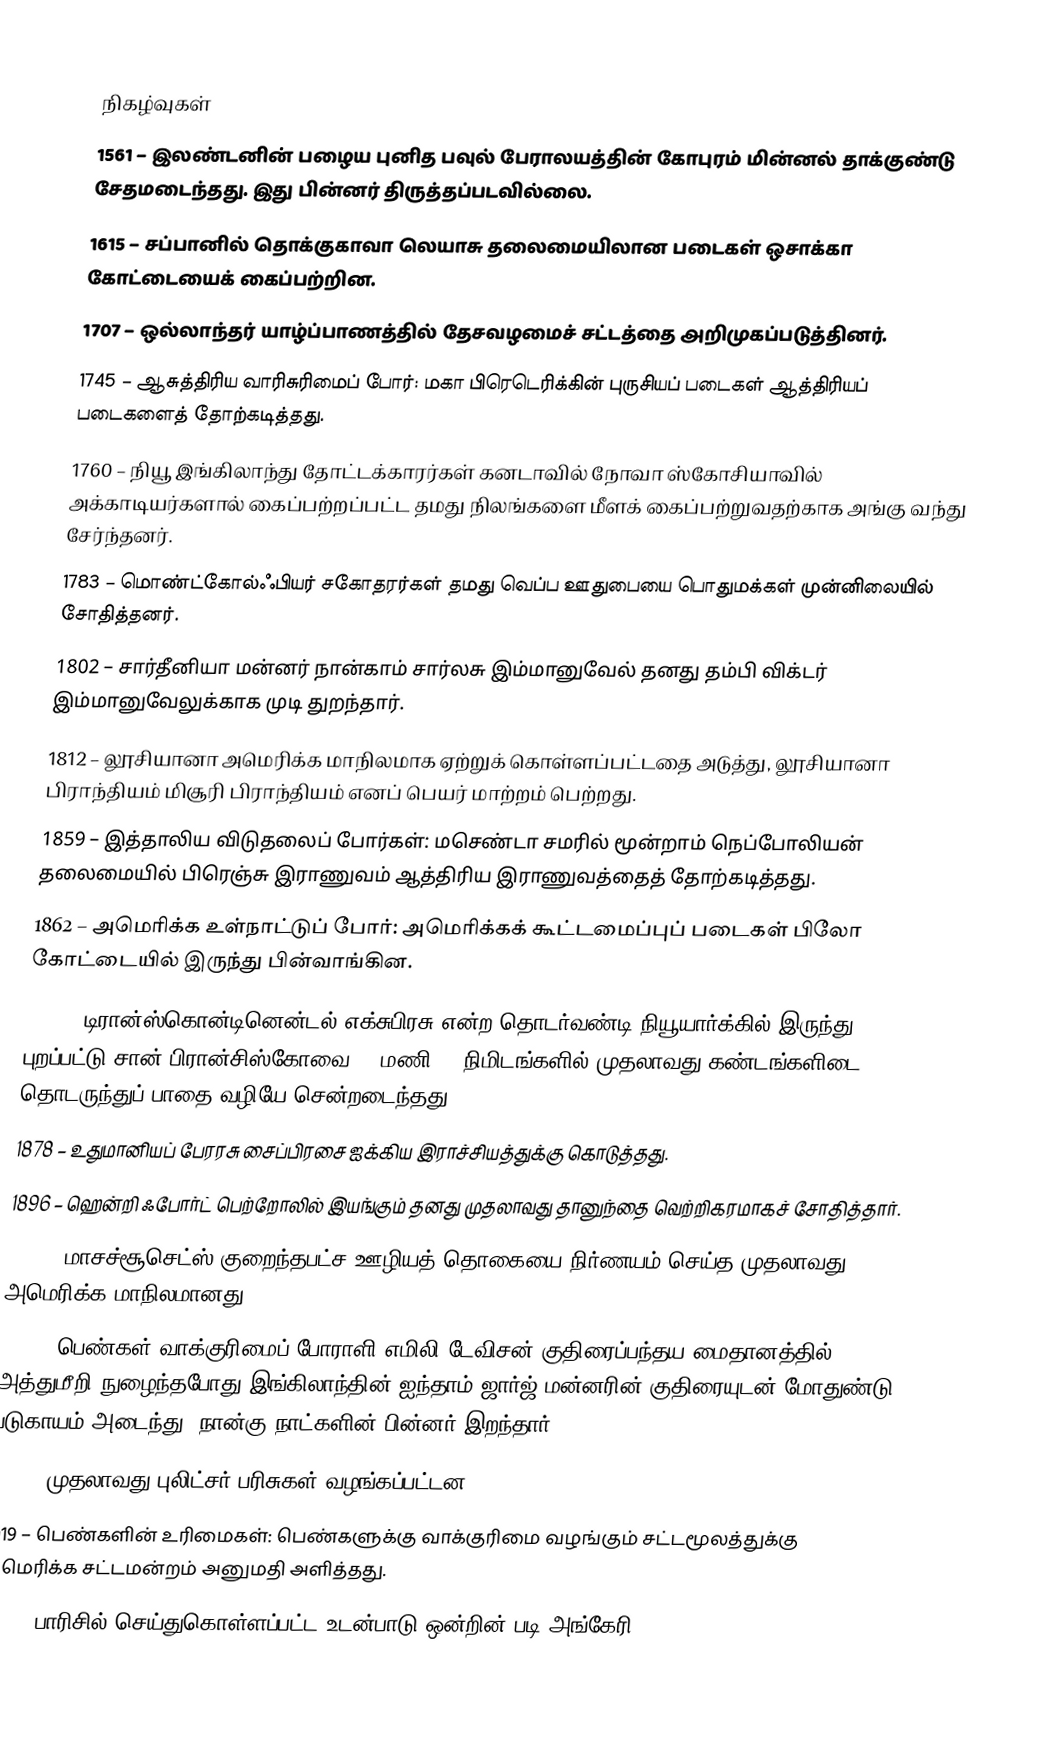

நிகழ்வுகள்
1561 – இலண்டனின் பழைய புனித பவுல் பேராலயத்தின் கோபுரம் மின்னல் தாக்குண்டு சேதமடைந்தது. இது பின்னர் திருத்தப்படவில்லை.
1615 – சப்பானில் தொக்குகாவா லெயாசு தலைமையிலான படைகள் ஒசாக்கா கோட்டையைக் கைப்பற்றின.
1707 – ஒல்லாந்தர் யாழ்ப்பாணத்தில் தேசவழமைச் சட்டத்தை அறிமுகப்படுத்தினர்.
1745 – ஆசுத்திரிய வாரிசுரிமைப் போர்: மகா பிரெடெரிக்கின் புருசியப் படைகள் ஆத்திரியப் படைகளைத் தோற்கடித்தது.
1760 – நியூ இங்கிலாந்து தோட்டக்காரர்கள் கனடாவில் நோவா ஸ்கோசியாவில் அக்காடியர்களால் கைப்பற்றப்பட்ட தமது நிலங்களை மீளக் கைப்பற்றுவதற்காக அங்கு வந்து சேர்ந்தனர்.
1783 – மொண்ட்கோல்ஃபியர் சகோதரர்கள் தமது வெப்ப ஊதுபையை பொதுமக்கள் முன்னிலையில் சோதித்தனர்.
1802 – சார்தீனியா மன்னர் நான்காம் சார்லசு இம்மானுவேல் தனது தம்பி விக்டர் இம்மானுவேலுக்காக முடி துறந்தார்.
1812 – லூசியானா அமெரிக்க மாநிலமாக ஏற்றுக் கொள்ளப்பட்டதை அடுத்து, லூசியானா பிராந்தியம் மிசூரி பிராந்தியம் எனப் பெயர் மாற்றம் பெற்றது.
1859 – இத்தாலிய விடுதலைப் போர்கள்: மசெண்டா சமரில் மூன்றாம் நெப்போலியன் தலைமையில் பிரெஞ்சு இராணுவம் ஆத்திரிய இராணுவத்தைத் தோற்கடித்தது.
1862 – அமெரிக்க உள்நாட்டுப் போர்: அமெரிக்கக் கூட்டமைப்புப் படைகள் பிலோ கோட்டையில் இருந்து பின்வாங்கின.
1876 – டிரான்ஸ்கொன்டினென்டல் எக்சுபிரசு என்ற தொடர்வண்டி நியூயார்க்கில் இருந்து புறப்பட்டு சான் பிரான்சிஸ்கோவை 83 மணி 39 நிமிடங்களில் முதலாவது கண்டங்களிடை தொடருந்துப் பாதை வழியே சென்றடைந்தது.
1878 – உதுமானியப் பேரரசு சைப்பிரசை ஐக்கிய இராச்சியத்துக்கு கொடுத்தது.
1896 – ஹென்றி ஃபோர்ட் பெற்றோலில் இயங்கும் தனது முதலாவது தானுந்தை வெற்றிகரமாகச் சோதித்தார்.
1912 – மாசச்சூசெட்ஸ் குறைந்தபட்ச ஊழியத் தொகையை நிர்ணயம் செய்த முதலாவது அமெரிக்க மாநிலமானது.
1913 – பெண்கள் வாக்குரிமைப் போராளி எமிலி டேவிசன் குதிரைப்பந்தய மைதானத்தில் அத்துமீறி நுழைந்தபோது இங்கிலாந்தின் ஐந்தாம் ஜார்ஜ் மன்னரின் குதிரையுடன் மோதுண்டு படுகாயம் அடைந்து, நான்கு நாட்களின் பின்னர் இறந்தார்.
1917 – முதலாவது புலிட்சர் பரிசுகள் வழங்கப்பட்டன.
1919 – பெண்களின் உரிமைகள்: பெண்களுக்கு வாக்குரிமை வழங்கும் சட்டமூலத்துக்கு அமெரிக்க சட்டமன்றம் அனுமதி அளித்தது.
1920 – பாரிசில் செய்துகொள்ளப்பட்ட உடன்பாடு ஒன்றின் படி அங்கேரி